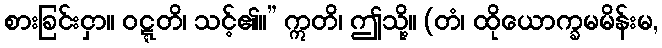
စားခြင်းငှာ။ ဝဋ္ဋတိ၊ သင့်၏။” ဣတိ၊ ဤသို့။ (တံ၊ ထိုယောက္ခမမိန်းမ,